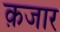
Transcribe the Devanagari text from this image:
क़जार